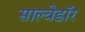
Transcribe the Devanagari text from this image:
साल्वेडॉर